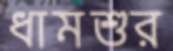
ধামশুর